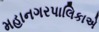
મહાનગરપાલિકાએ